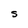
Character: S